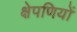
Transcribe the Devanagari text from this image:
क्षेपणियों